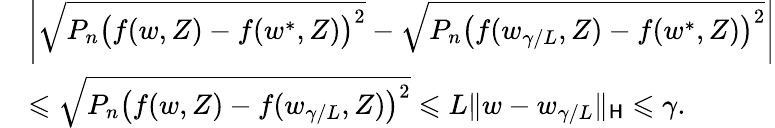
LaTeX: \begin{array}{rl}&{\left|\sqrt{P_{n}\big(f(w,Z)-f(w^{*},Z)\big)^{2}}-\sqrt{P_{n}\big(f(w_{\gamma/L},Z)-f(w^{*},Z)\big)^{2}}\right|}\\ &{\leqslant\sqrt{P_{n}\big(f(w,Z)-f(w_{\gamma/L},Z)\big)^{2}}\leqslant L\| w-w_{\gamma/L}\| _{\mathsf H}\leqslant\gamma.}\end{array}